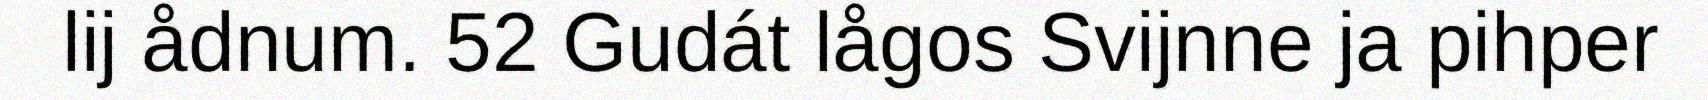
lij ådnum. 52 Gudát lågos Svijnne ja pihper